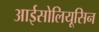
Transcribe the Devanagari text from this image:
आईसोलियूसिन